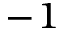
^ { - 1 }